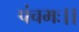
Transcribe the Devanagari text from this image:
पंचमः।।